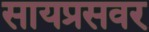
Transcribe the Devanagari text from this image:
सायप्रसवर